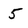
Character: 5